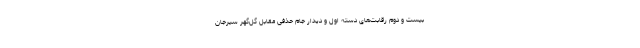
بیست و دوم رقابت‌های دسته اول و دیدار جام حذفی مقابل گل‌گهر سیرجان